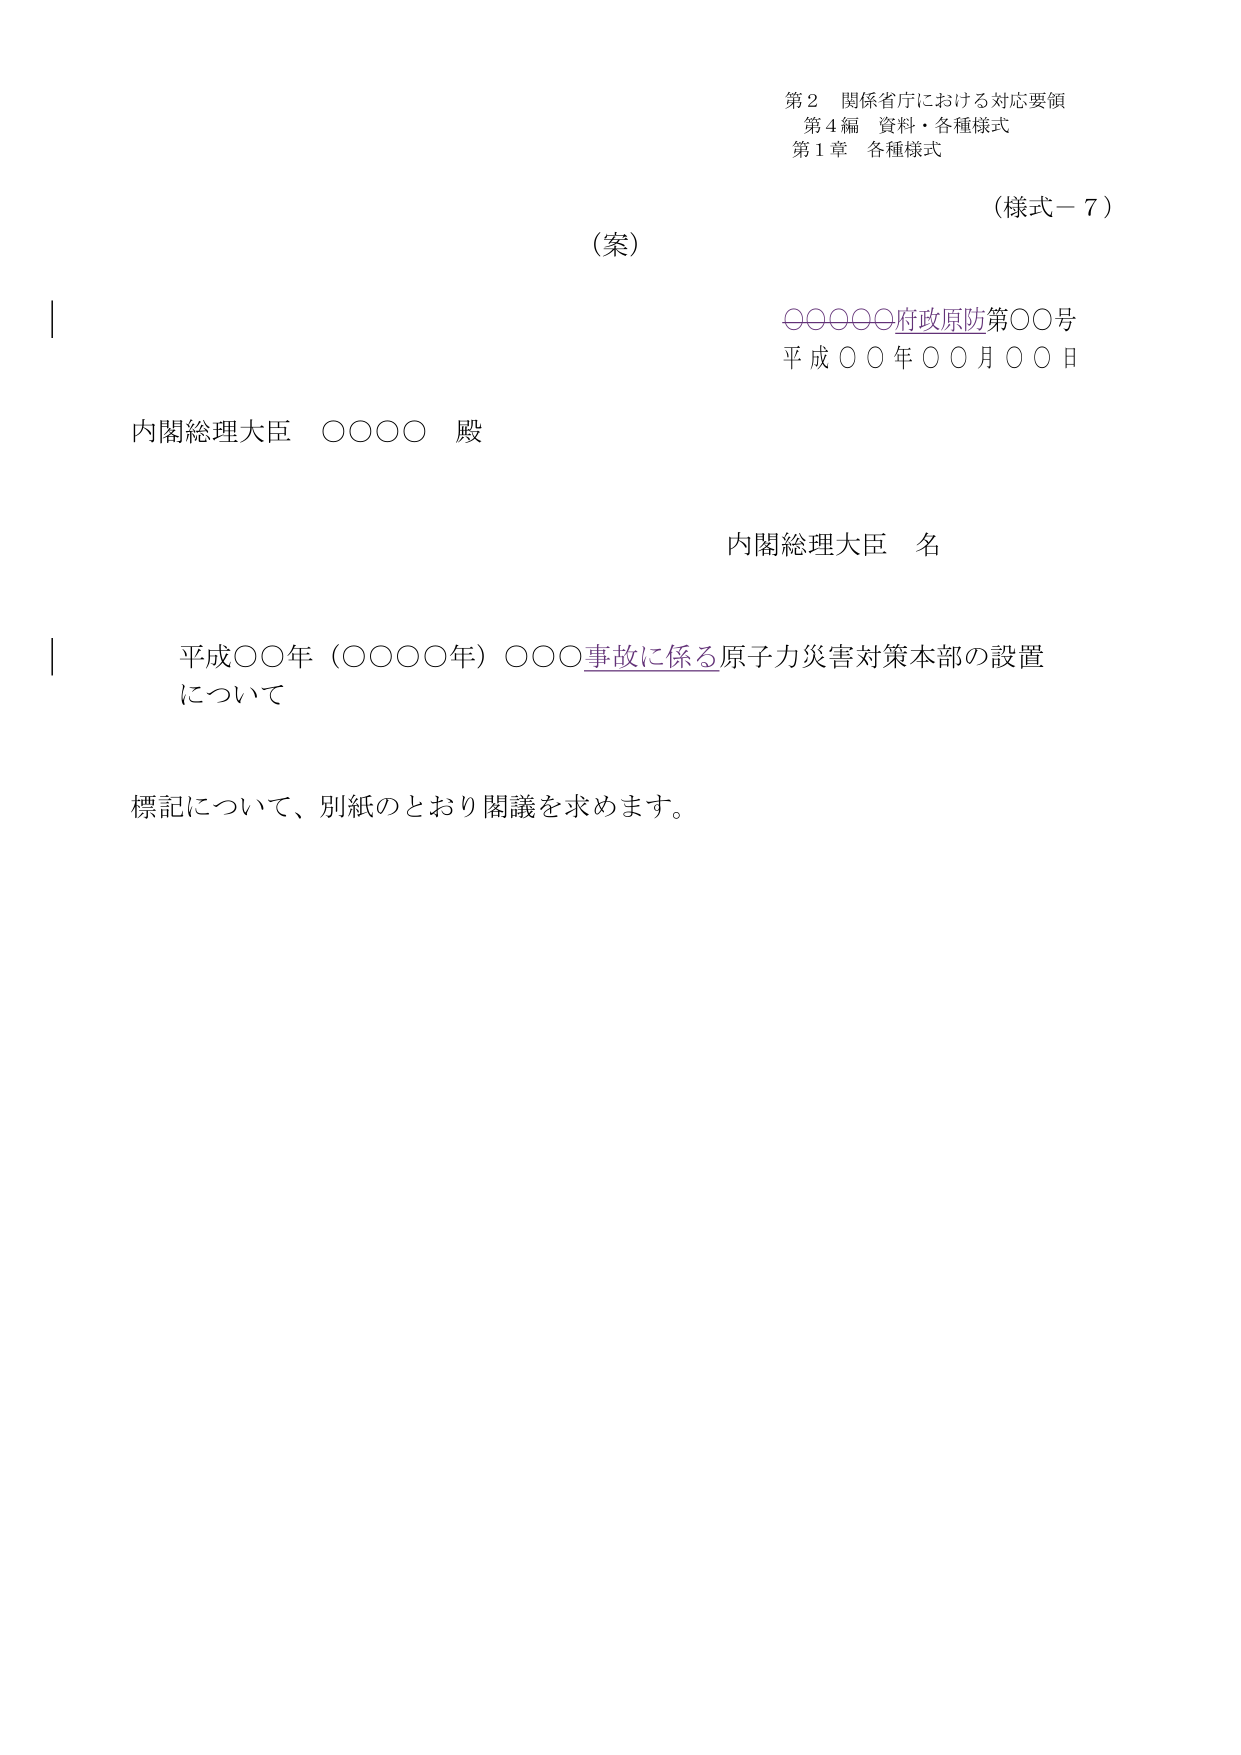
第２ 関係省庁における対応要領
第４編 資料・各種様式
第１章 各種様式

（様式－７）

（案）

○○○○○府政原防第○○号
平成○○年○○月○○日

内閣総理大臣 ○○○○ 殿

内閣総理大臣 名

平成○○年（○○○○年）○○○事故に係る原子力災害対策本部の設置
について

標記について、別紙のとおり閣議を求めます。